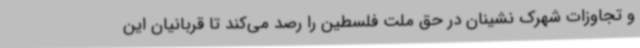
و تجاوزات شهرک نشینان در حق ملت فلسطین را رصد می‌کند تا قربانیان این